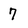
Character: 7